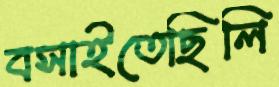
বসাইতেছিলি